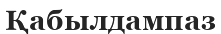
Қабылдампаз